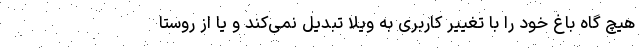
هیچ گاه باغ خود را با تغییر کاربری به ویلا تبدیل نمی‌کند و یا از روستا